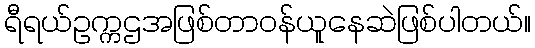
ရီရယ်ဥက္ကဌအဖြစ်တာဝန်ယူနေဆဲဖြစ်ပါတယ်။